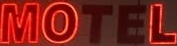
MOTEL